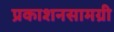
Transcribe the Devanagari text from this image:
प्रकाशनसामग्री